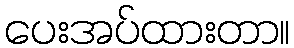
ပေးအပ်ထားတာ။